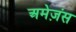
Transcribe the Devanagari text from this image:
अमेज़ंस